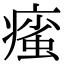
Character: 𤹊